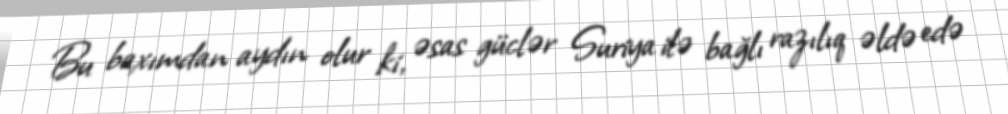
Bu baxımdan aydın olur ki, əsas güclər Suriya ilə bağlı razılıq əldə edə